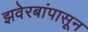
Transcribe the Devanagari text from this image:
झवेरबांपासून